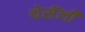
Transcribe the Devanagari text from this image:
थेसॅली